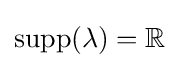
\operatorname {supp} (\lambda )=\mathbb {R}